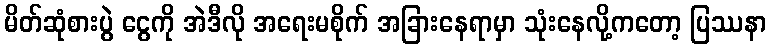
မိတ်ဆုံစားပွဲ ငွေကို အဲဒီလို အရေးမစိုက် အခြားနေရာမှာ သုံးနေလို့ကတော့ ပြဿနာ